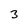
Character: 3